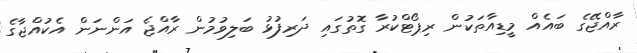
ރާއްޖޭގެ ބައެއް މީޑިއާތަކުން ރިޕޯޓްކުރާ ގޮތުގައި ދަރިފުޅު ބަލިވުމުން ރާއްޖެ އަންނަން އެކުއްޖާގެ